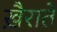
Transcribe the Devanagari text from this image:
ख़ैरातें